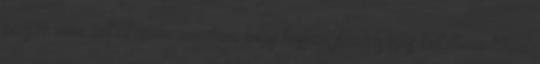
persze nem azt akarom mondani, hogy hosszú, fáradságos kutatómunkával